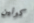
كولين